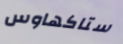
ستاكهاوس